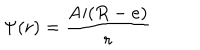
\Psi ( r ) = { \frac { \mathrm { A i } ( R - e ) } { r } }